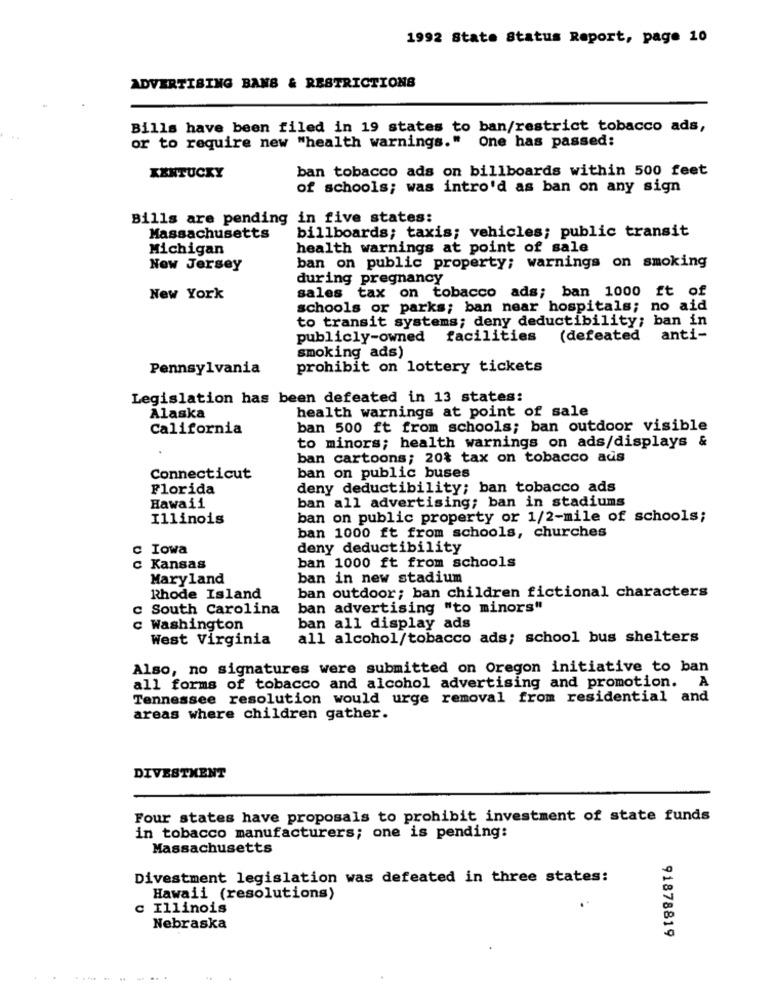
1992 State Status Report, page 10
ADVERTISING BANB & RESTRICTIONS
Bills have been filed in 19 states to ban/restrict tobacco ads,
or to require new "health warnings." One has passed:
ban tobacco ads on billboards within 500 feet
KENTUCKY
of schools; was intro'd as ban on any sign
Bills are pending in five states:
Massachusetts
billboards; taxis; vehicles; public transit
Michigan
health warnings at point of sale
New Jersey
ban on public property; warnings on smoking
during pregnancy
sales tax on tobacco ads; ban 1000 ft of
New York
schools or parks; ban near hospitals; no aid
to transit systems; deny deductibility; ban in
publicly-owned facilities
(defeated anti-
smoking ads)
Pennsylvania
prohibit on lottery tickets
Legislation has been defeated in 13 states:
health warnings at point of sale
Alaska
California
ban 500 ft from schools; ban outdoor visible
to minors; health warnings on ads/displays &
ban cartoons; 20% tax on tobacco aus
Connecticut
ban on public buses
Florida
deny deductibility; ban tobacco ads
ban all advertising; ban in stadiums
Hawaii
Illinois
ban on public property or 1/2-mile of schools;
ban 1000 ft from schools, churches
c Iowa
deny deductibility
c Kansas
ban 1000 ft from schools
Maryland
ban in new stadium
Rhode Island
ban outdoor; ban children fictional characters
c South Carolina
ban advertising "to minors"
c Washington
ban all display ads
West Virginia
all alcohol/tobacco ads; school bus shelters
Also, no signatures were submitted on Oregon initiative to ban
all forms of tobacco and alcohol advertising and promotion. A
Tennessee resolution would urge removal from residential and
areas where children gather.
DIVESTMENT
Four states have proposals to prohibit investment of state funds
in tobacco manufacturers; one is pending:
Massachusetts
Divestment legislation was defeated in three states:
Hawaii (resolutions)
Illinois
Nebraska
91878819
.